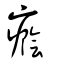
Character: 癊